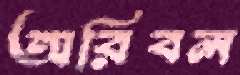
অরিবল